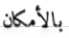
بالأمكان